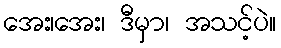
အေး၊အေး၊ ဒီမှာ၊ အသင့်ပဲ။